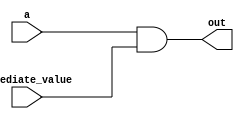
module andi(a,immediate_value,out);
input [31:0]a,immediate_value;
output reg [31:0] out;
always @*
out=a&immediate_value;
endmodule